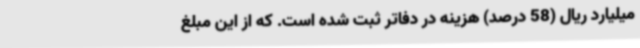
میلیارد ریال (58 درصد) هزینه در دفاتر ثبت شده است. که از این مبلغ